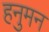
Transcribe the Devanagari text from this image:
हनुमन